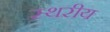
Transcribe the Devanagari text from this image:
स्थरीय